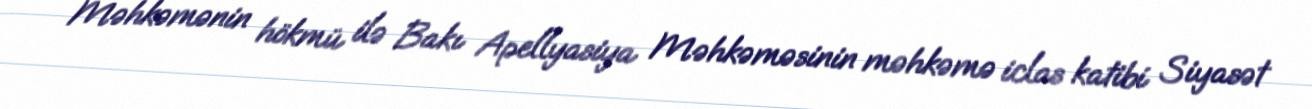
Məhkəmənin hökmü ilə Bakı Apellyasiya Məhkəməsinin məhkəmə iclas katibi Siyasət